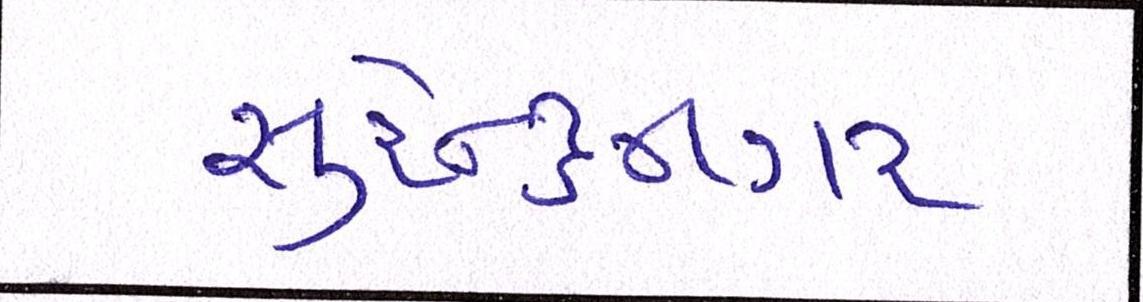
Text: સુરેન્દ્રનગર